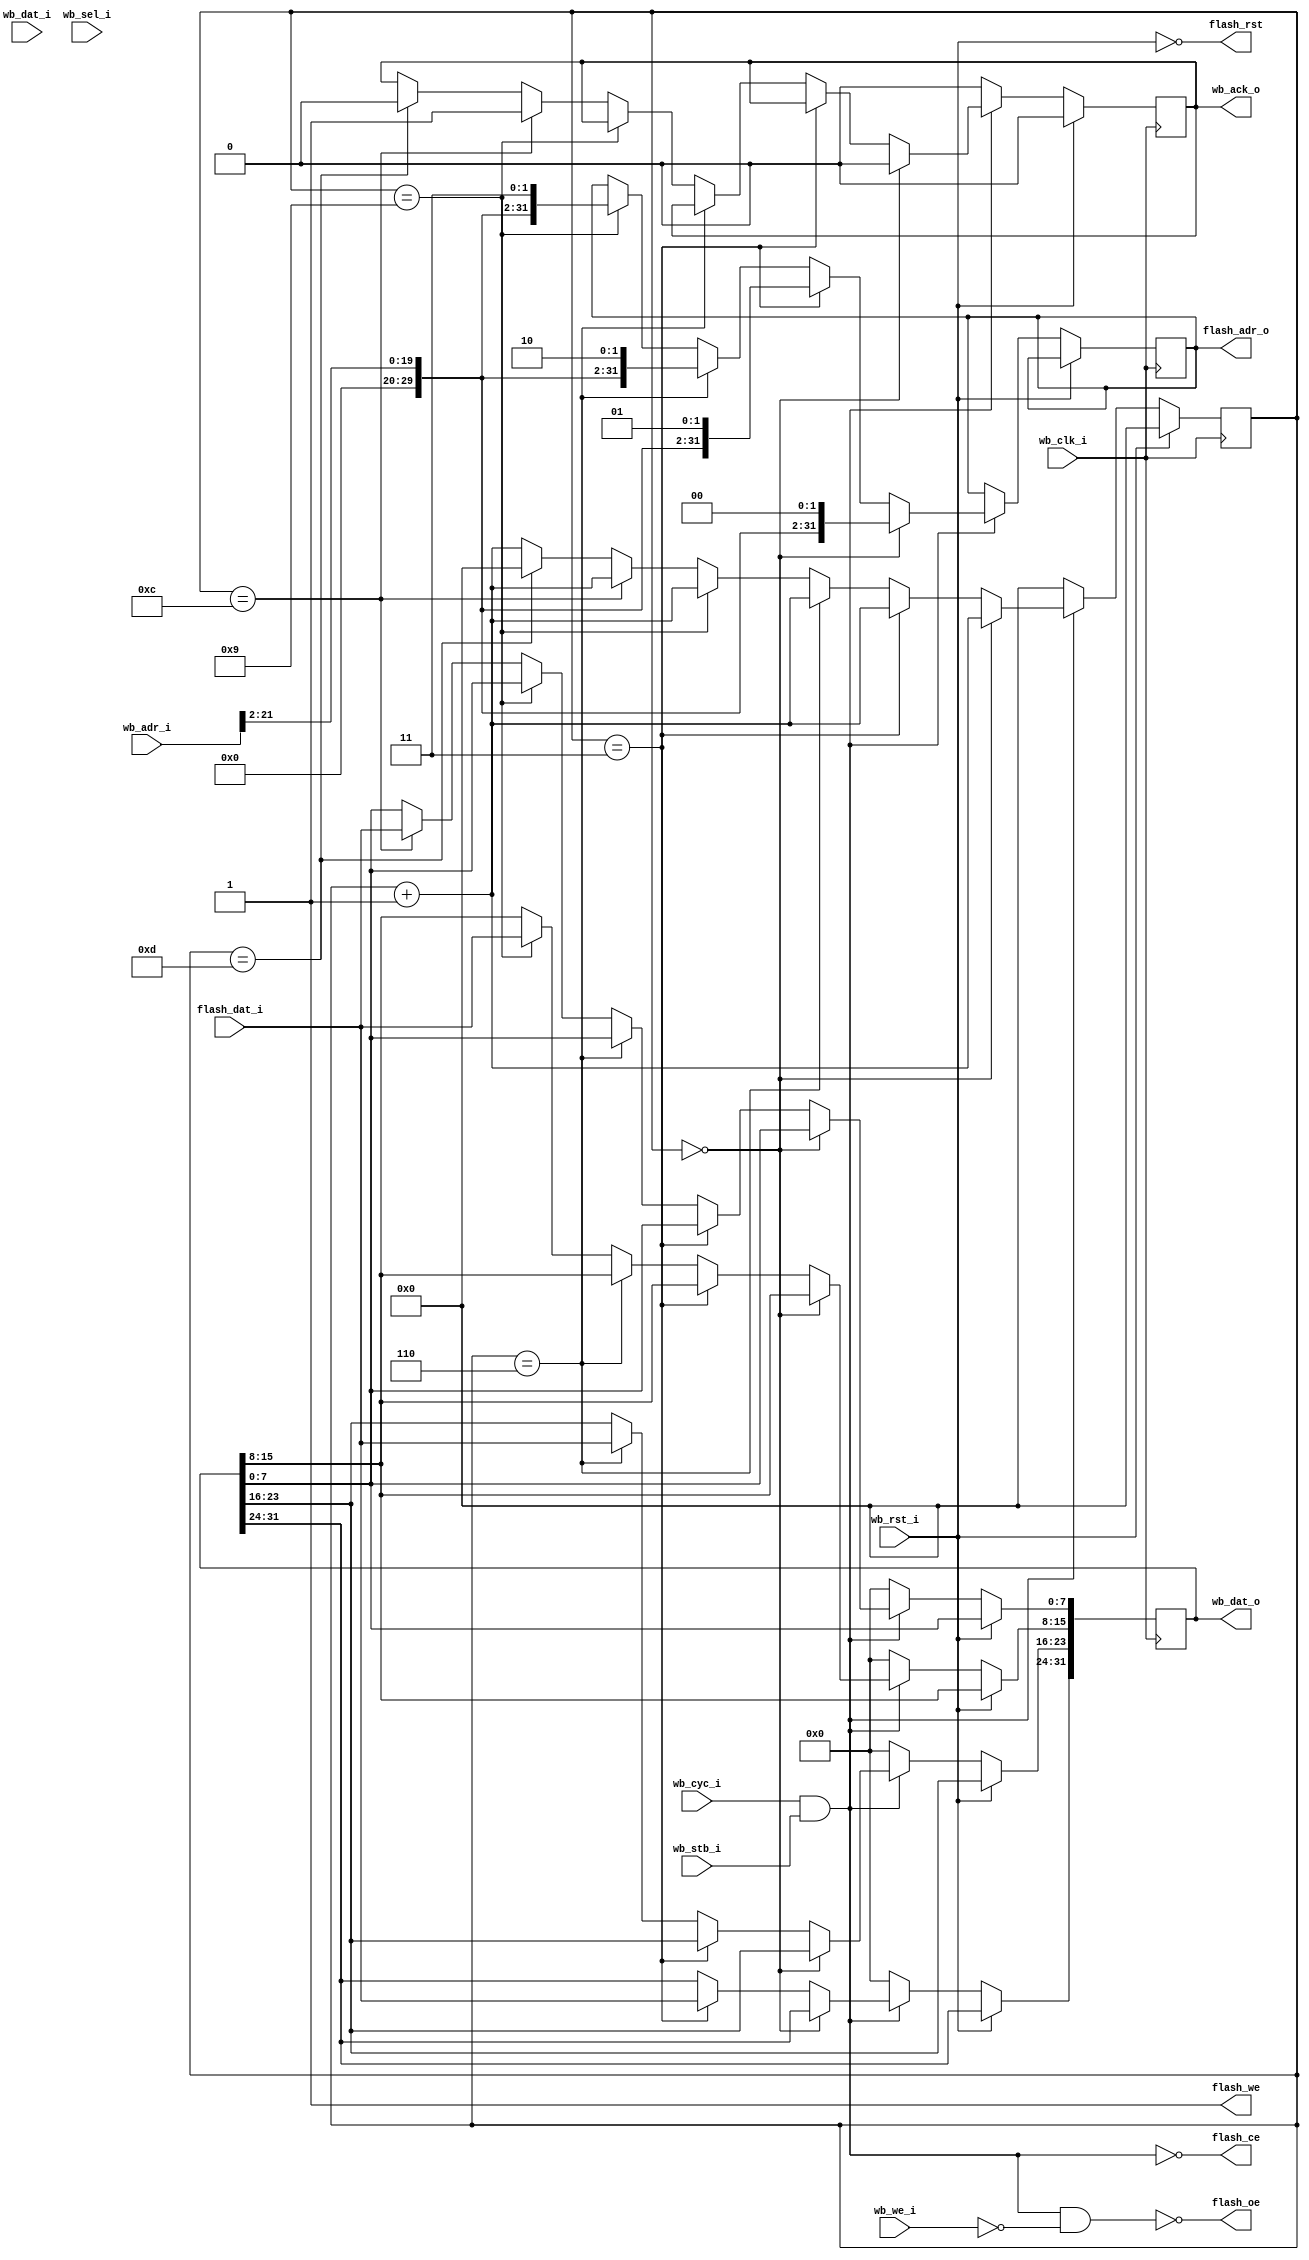
`timescale 1ns / 1ps
//******************************************************************************
//                              Flash
//  Flash()Flash
//3MSB
//******************************************************************************

module flash_top(
    //Wishbone
    input wire wb_rst_i,                        //Wishbone
    input wire wb_clk_i,                        //Wishbone
    input wire[31:0] wb_adr_i,                  //Wishbone
    output reg[31:0] wb_dat_o,                  //Wishbone
    input wire[31:0] wb_dat_i,                  //Wishbone
    input wire[3:0] wb_sel_i,                   //Wishbone
    input wire wb_we_i,                         //Wishbone
    input wire wb_cyc_i,                        //Wishbone
    input wire wb_stb_i,                        //Wishbone
    output reg wb_ack_o,                        //Wishbone

    //Flash
    output reg[31:0] flash_adr_o,               //Flash
    input wire[7:0] flash_dat_i,                //Flash
    output wire flash_rst,                      //Flash
    output wire flash_oe,                       //Flash
    output wire flash_ce,                       //Flash
    output wire flash_we                        //Flash
    );

    wire wb_acc;                                //Wishbone access
    wire wb_rd;                                 //Wishbone read access
    reg[3:0] waitstate;                         //
    wire[1:0] adr_low;                          //???

    //Wishbonewb_acc1
    //wb_rd1
    assign wb_acc = wb_cyc_i & wb_stb_i;
    assign wb_rd = wb_acc & !wb_we_i;

    //wb_acc1wb_rd1Flash
    //flash_ceflash_oe(0)
    assign flash_ce = !wb_acc;
    assign flash_oe = !wb_rd;

    //Flashflash_we1
    assign flash_we = 1'b1;

    //flash_rst
    assign flash_rst = !wb_rst_i;

    always @ ( posedge wb_clk_i ) begin
        if(wb_rst_i == 1'b1) begin
            waitstate <= 4'h0;
            wb_ack_o <= 1'b0;
        end else if(wb_acc == 1'b0) begin       //wb_acc0
            waitstate <= 4'h0;
            wb_ack_o <= 1'b0;
            wb_dat_o <= 32'h0000_0000;
        end else if(waitstate == 4'h0) begin    //
            wb_ack_o <= 1'b0;
            if(wb_acc) begin
                waitstate <= waitstate + 4'h1;
            end
            //
            //DE2Flash4MB
            flash_adr_o <= {10'b0000000000,wb_adr_i[21:2],2'b0};
        end else begin
            //waitstate1
            waitstate <= waitstate + 4'h1;

            if(waitstate == 4'h3) begin
                //3Flash
                //3wb_dat_o[31:24]
                wb_dat_o[31:24] <= flash_dat_i;
                //
                flash_adr_o <= {10'b0000000000,wb_adr_i[21:2],2'b01};
            end else if(waitstate == 4'h6) begin
                //3wb_dat_o[23:16]
                wb_dat_o[23:16] <= flash_dat_i;
                //
                flash_adr_o <= {10'b0000000000,wb_adr_i[21:2],2'b10};
            end else if(waitstate == 4'h9) begin
                //3wb_dat_o[15:8]
                wb_dat_o[15:8] <= flash_dat_i;
                //
                flash_adr_o <= {10'b0000000000,wb_adr_i[21:2],2'b11};
            end else if(waitstate == 4'hc) begin
                //3wb_dat_o[7:0]
                wb_dat_o[7:0] <= flash_dat_i;
                //wb_ack_o1Wishbone
                wb_ack_o <= 1'b1;
            end else if(waitstate == 4'hd) begin
                //1wb_ack_o0Wishbone
                wb_ack_o <= 1'b0;
                waitstate <= 4'h0;
            end
        end
    end

endmodule